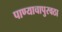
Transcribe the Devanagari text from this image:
पाण्याचापुरवठा